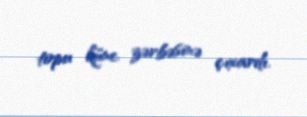
topu künc zərbəsinə çıxardı.